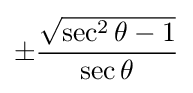
\pm {\frac {\sqrt {\sec ^{2}\theta -1}}{\sec \theta }}